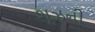
શૂઝની